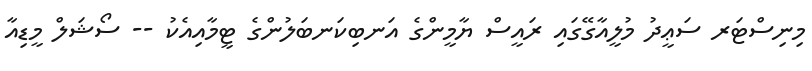
މިނިސްޓަރ ސަޢީދު މުލީއާގޭގައި ރައީސް ޔާމީންގެ އަނބިކަނބަލުންގެ ޓީމާއިއެކު -- ސޯޝަލް މީޑިއާ